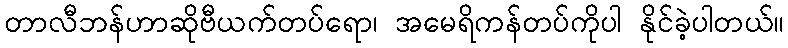
တာလီဘန်ဟာဆိုဗီယက်တပ်ရော၊ အမေရိကန်တပ်ကိုပါ နိုင်ခဲ့ပါတယ်။